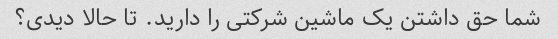
شما حق داشتن یک ماشین شرکتی را دارید. تا حالا دیدی؟